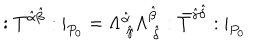
LaTeX: : T ^ { \hat { \alpha } \hat { \beta } } : | _ { P _ { 0 } } = \Lambda _ { \ \hat { \gamma } } ^ { \hat { \alpha } } \Lambda _ { \ \hat { \delta } } ^ { \hat { \beta } } : \bar { T } ^ { \hat { \gamma } \hat { \delta } } : | _ { P _ { 0 } }